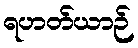
ရဟတ်ယာဉ်